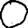
Digit: 0